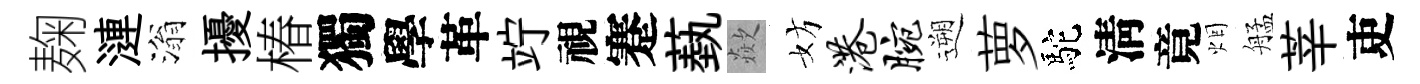
麹漣滃擾椿獨學革竚視蹇蓺歘妨港腕遡萝駝淸竟烟艋莘吏